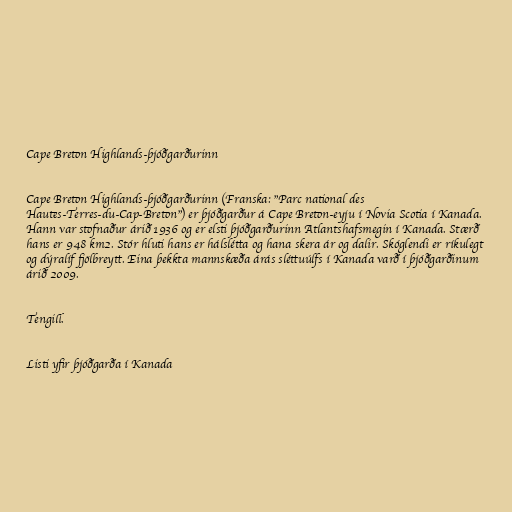
Cape Breton Highlands-þjóðgarðurinn

Cape Breton Highlands-þjóðgarðurinn (Franska: "Parc national des
Hautes-Terres-du-Cap-Breton") er þjóðgarður á Cape Breton-eyju í Novia Scotia í Kanada.
Hann var stofnaður árið 1936 og er elsti þjóðgarðurinn Atlantshafsmegin í Kanada. Stærð
hans er 948 km2. Stór hluti hans er hálslétta og hana skera ár og dalir. Skóglendi er ríkulegt
og dýralíf fjölbreytt. Eina þekkta mannskæða árás sléttuúlfs í Kanada varð í þjóðgarðinum
árið 2009.

Tengill.

Listi yfir þjóðgarða í Kanada